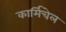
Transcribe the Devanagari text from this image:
कार्मिचेल